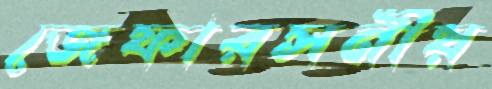
জেফারসনীয়